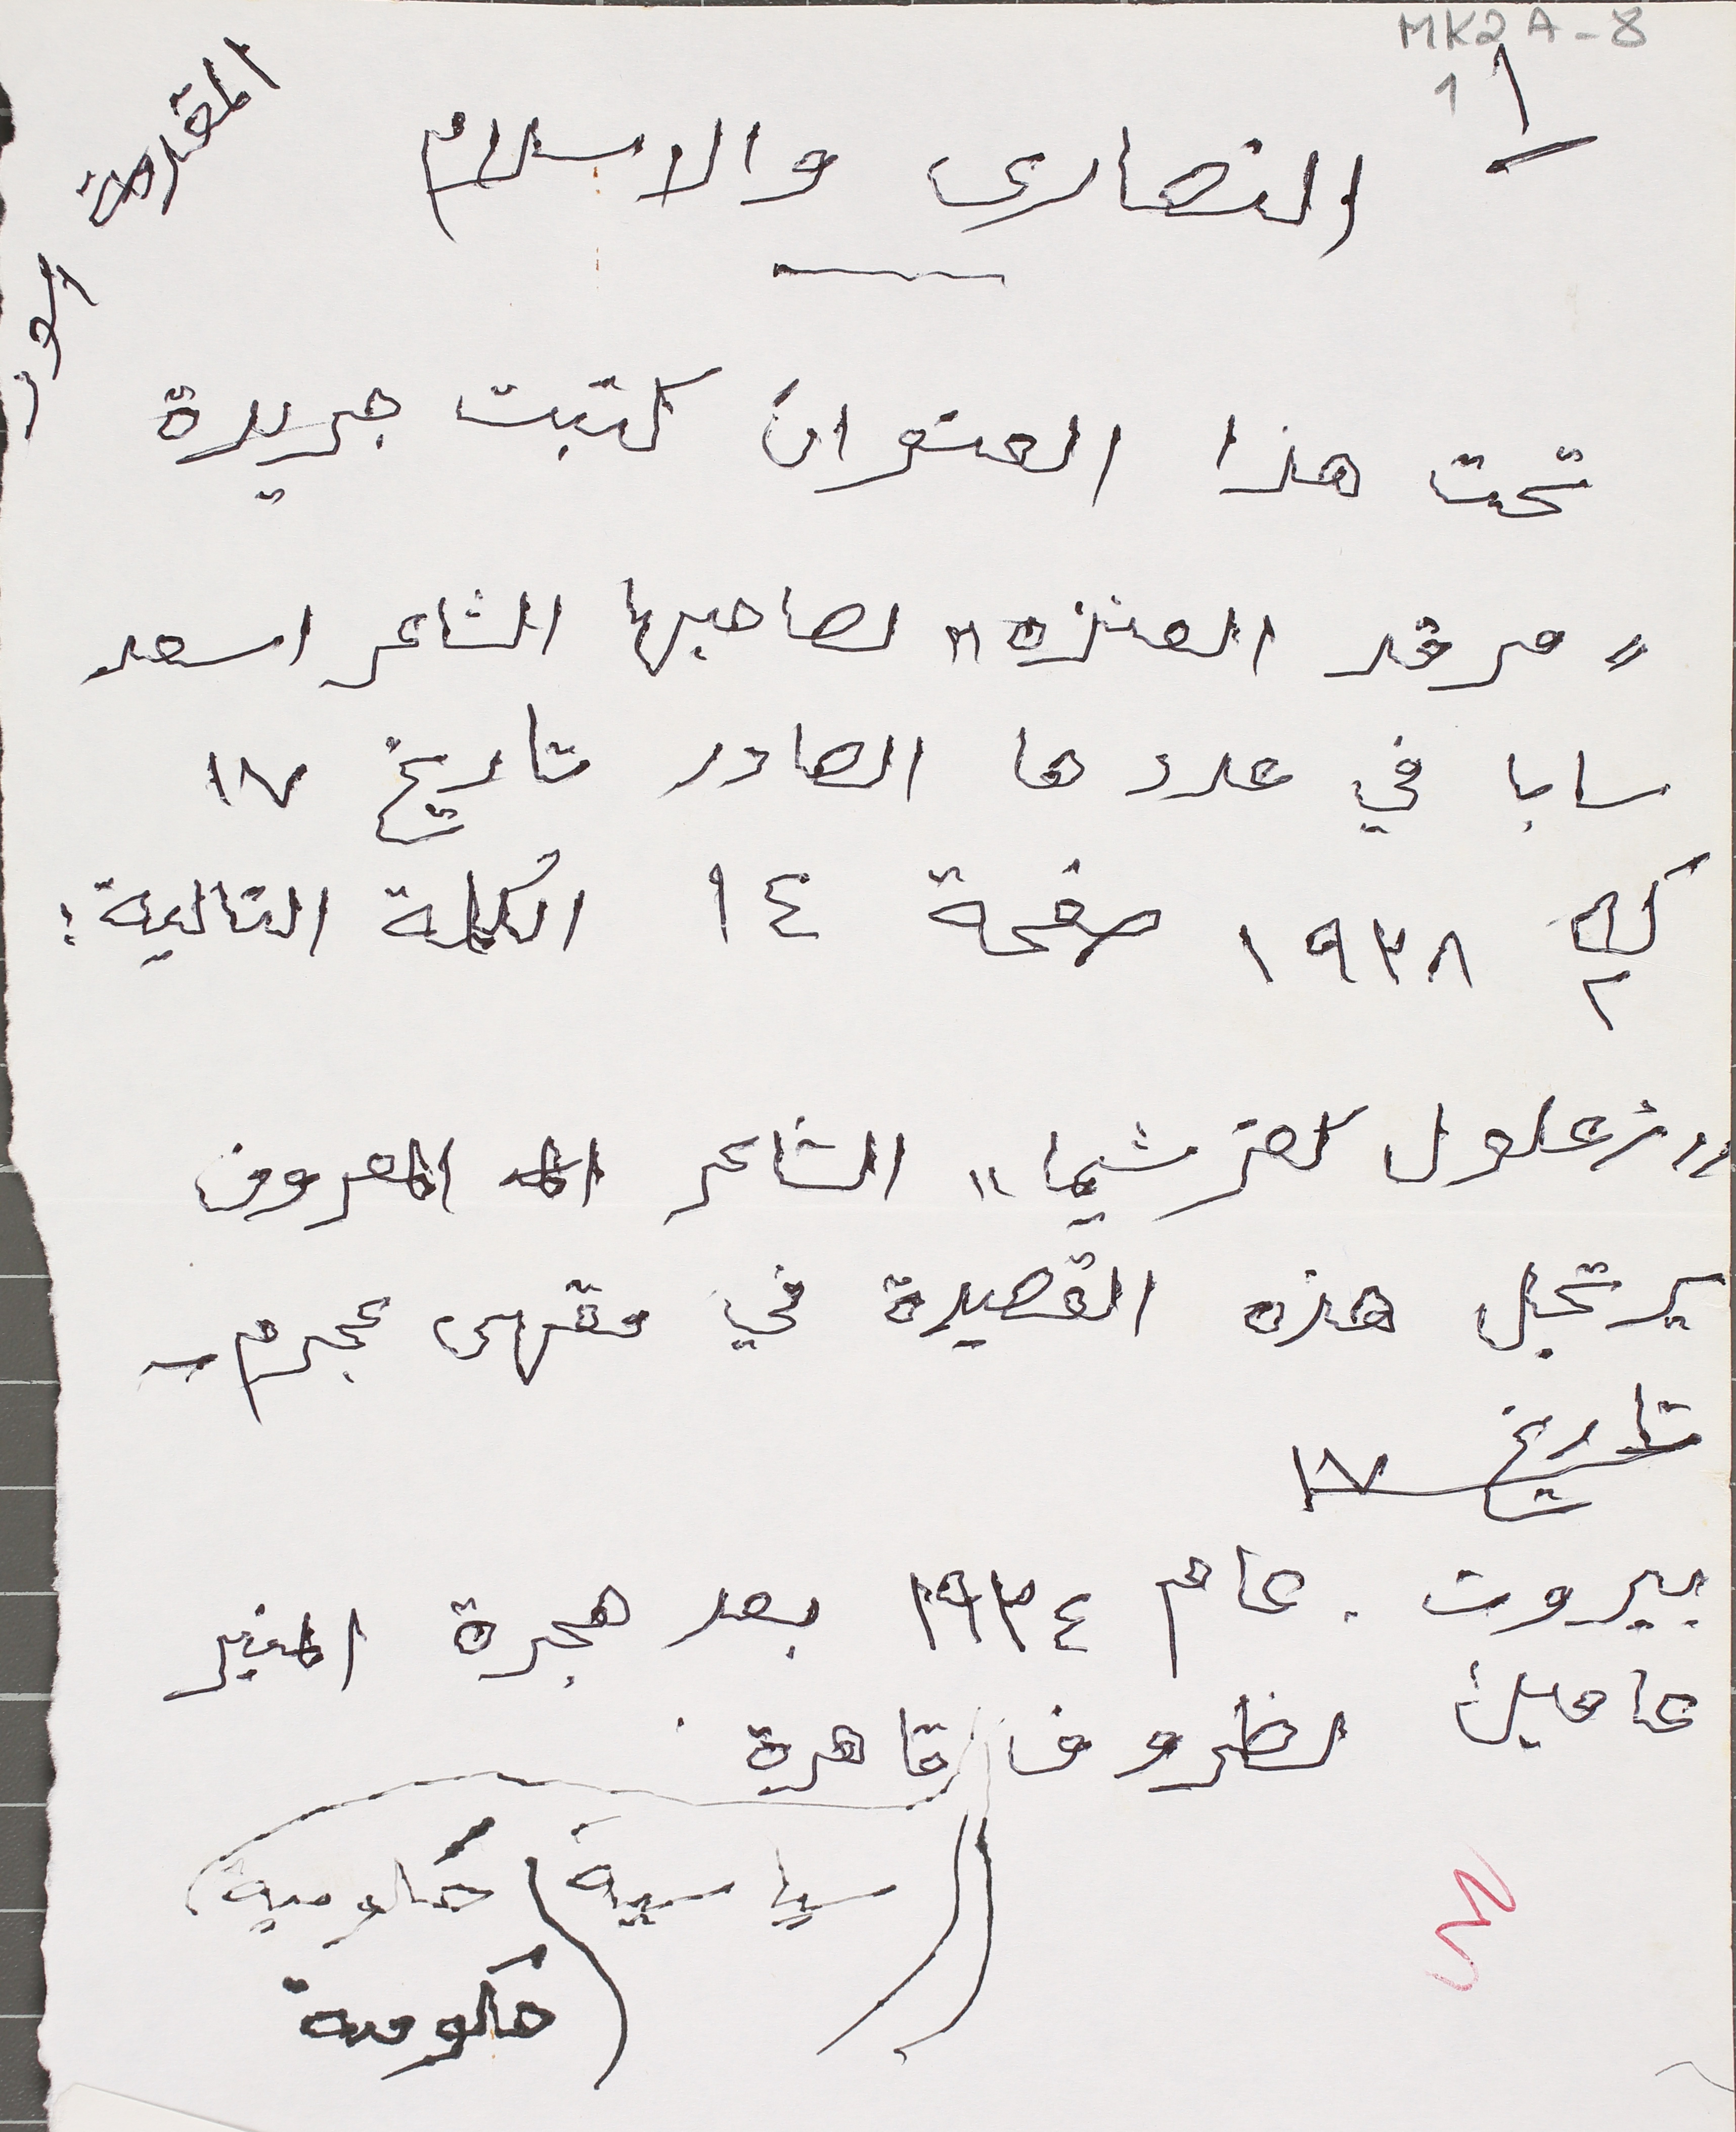
النصارى والاسلام
تحت هذا العنوان كتبت جريدة
"مرقد" العنزه لصاحبها الشاعر اسعد
سابا في عددها الصادر تاريخ ١٧
ك٢ ١٩٣٨ صفحة ١٤ الكلمة التالية:
"زعلول كفرشيما" الشاعر المعروف
يرتجل هذه القصيدة في مقهى عجرم_
تاريخ ١٧
بيروت ، عام ١٩٣٤ بعد هجرة المنبر
عامين لظروف قاهرة
سياسية) حكومية،
حكومة
MK2A-81
المقدمة الور